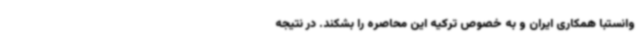
وانستبا همکاری ایران و به خصوص ترکیه این محاصره را بشکند. در نتیجه